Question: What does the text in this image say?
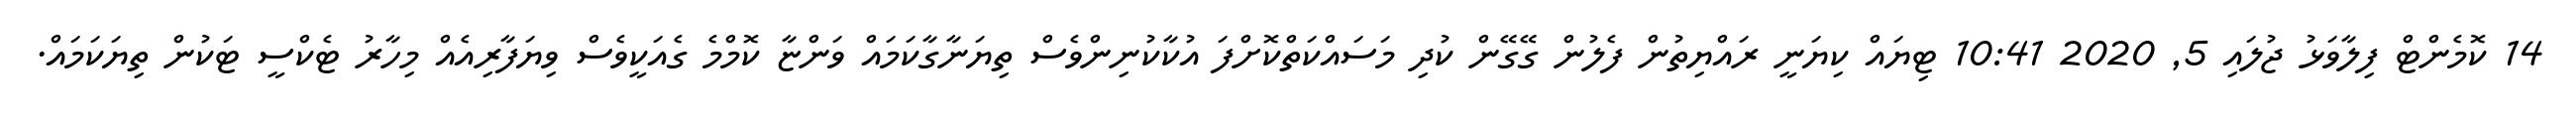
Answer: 14 ކޮމެންޓް ފިލާވަޅު ޖުލައި 5, 2020 10:41 ޓިޔައް ކިޔަނީ ރައްޔިތުން ފެލުން ގޭގޭން ކުދި މަސައްކަތްކޮށްފަ އުކާކުނިންވެސް ތިޔަނާގާކަމައް ވަންޏާ ކޮމްމެ ގެއަކީވެސް ވިޔަފާރިއެއް މިހާރު ޓެކްސީ ޓަކުން ތިޔަކަމައް.